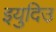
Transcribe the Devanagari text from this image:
इयुदिउ